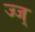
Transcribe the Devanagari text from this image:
ज्ज्